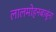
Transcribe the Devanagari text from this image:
लालमोहनबाबूंना